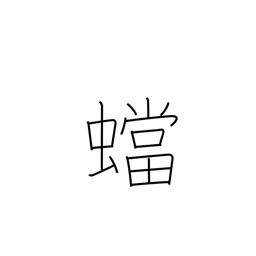
Meaning: mantis